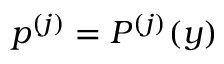
p ^ { ( j ) } = P ^ { ( j ) } ( y )